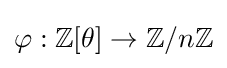
\varphi :\mathbb {Z} [\theta ]\to \mathbb {Z} /n\mathbb {Z}